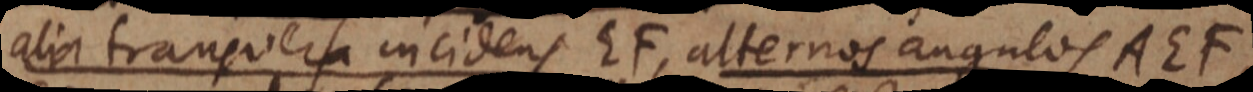
alia transversa incidens EF, alternos angulos AEF,